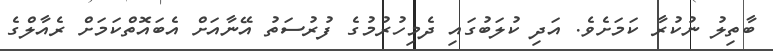
ބާތިލު ނުކުރާ ކަމަށެވެ. އަދި ކުލަބުގައި ދެމިހުރުމުގެ ފުރުސަތު އޭނާއަށް އެބައޮތްކަމަށް ރެއާލްގެ